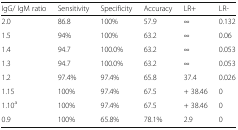
| IgG/ IgM ratio | Sensitivity | Specificity | Accuracy | LR+ | LR- |
 | --- | --- | --- | --- | --- | --- |
 | 2.0 | 86.8 | 100% | 57.9 | ∞ | 0.132 |
 | 1.5 | 94% | 100% | 63.2 | ∞ | 0.06 |
 | 1.4 | 94.7 | 100.0% | 63.2 | ∞ | 0.053 |
 | 1.3 | 94.7 | 100.0% | 63.2 | ∞ | 0.053 |
 | 1.2 | 97.4% | 97.4% | 65.8 | 37.4 | 0.026 |
 | 1.15 | 100% | 97.4% | 67.5 | + 38.46 | 0 |
 | 1.10a | 100% | 97.4% | 67.5 | + 38.46 | 0 |
 | 0.9 | 100% | 65.8% | 78.1% | 2.9 | 0 |